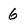
Character: 6